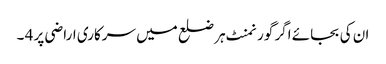
ان کی بجائے اگر گورنمنٹ ہر ضلع میں سرکاری اراضی پر 4 ۔